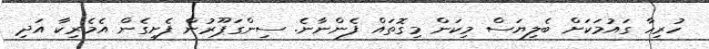
ހުރިހާ ގައުމަކަށް ބެލިޔަސް މިކަން މިގޮތައް ފެންނާނެ. ސިންގަޕޫރުން ފެށިގެން އެމެރިކާ އަދި